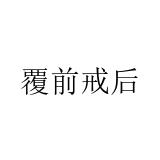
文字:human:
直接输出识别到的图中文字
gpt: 覆前戒后